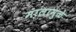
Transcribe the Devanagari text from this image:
मालामुळे